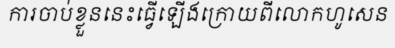
ការចាប់ខ្លួននេះធ្វើឡើងក្រោយពីលោកហូសេន